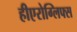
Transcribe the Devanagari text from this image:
हीएरोग्लिफ्स